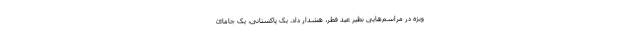
ویژه در مراسم‌هایی نظیر عید فطر، هشدار داد. یک پاکستانی، یک جامائ